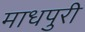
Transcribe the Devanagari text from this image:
माधपुरी